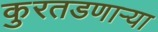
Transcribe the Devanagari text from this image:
कुरतडणार्‍या